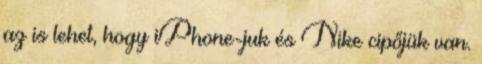
az is lehet, hogy iPhone-juk és Nike cipőjük van.